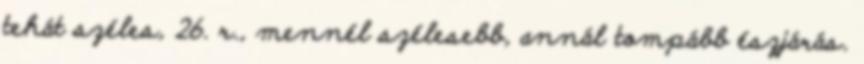
tehát széles, 26. r., mennél szélesebb, annál tompább észjárás.